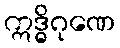
ဣဒ္ဓိဂုဏေ